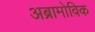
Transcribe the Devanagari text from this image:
अब्रामोविक